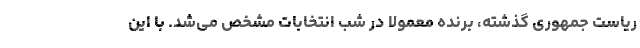
ریاست جمهوری گذشته، برنده معمولاً در شب انتخابات مشخص می‌شد. با این